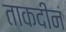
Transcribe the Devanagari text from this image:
ताकदीनं